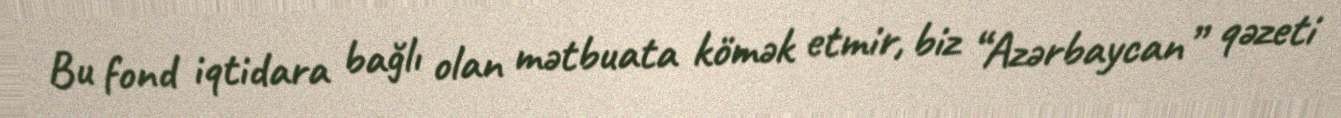
Bu fond iqtidara bağlı olan mətbuata kömək etmir, biz “Azərbaycan” qəzeti